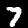
Label: 7